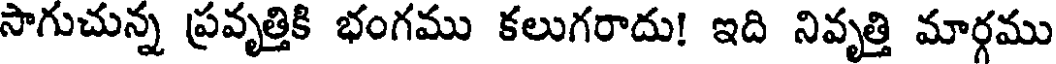
సాగుచున్న ప్రవృత్తికి భంగము కలుగరాదు! ఇది నివృత్తి మార్గము